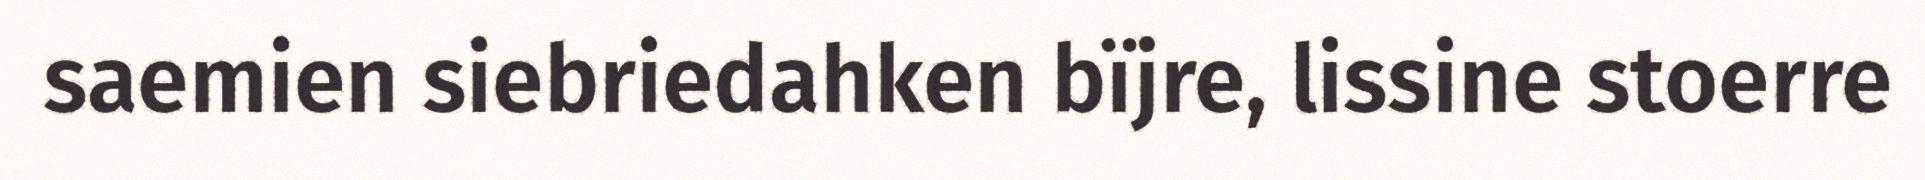
saemien siebriedahken bïjre, lissine stoerre